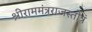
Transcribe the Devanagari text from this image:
श्रीराममंत्रराजस्तोत्रं